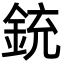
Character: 銃